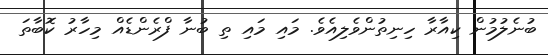
ބުނެލުމުން ކިއާރާ ހިނިތުންވެލިއެވެ. މައި މައި ތި ބުނާ ފްރެންޑެއް މިހާރު ކޮބާތަ